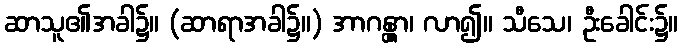
ဆာသူ၏အခါ၌။ (ဆာရာအခါ၌။) အာဂန္တွာ၊ လာ၍။ သီသေ၊ ဦးခေါင်း၌။